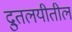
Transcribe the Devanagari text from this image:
द्रुतलयीतील